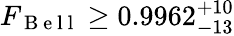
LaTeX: F_{\mathrm{~B~e~l~l~}}\geq 0.9962_{-13}^{+10}